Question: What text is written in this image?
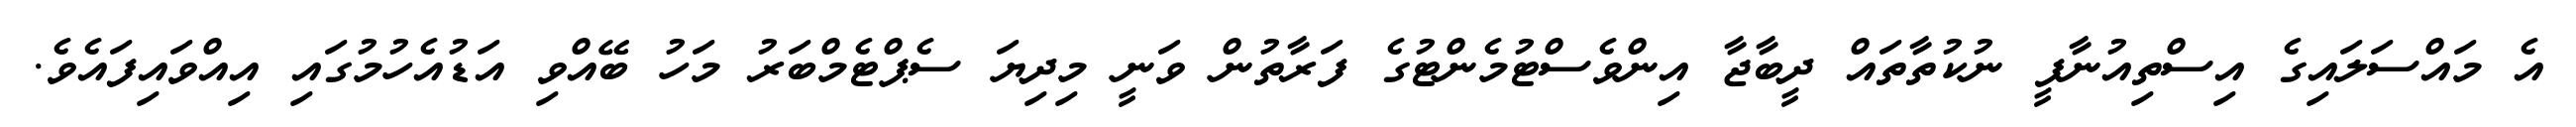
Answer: އެ މައްސަލައިގެ އިސްތިއުނާފީ ނުކުތާތައް ދީބާޖާ އިންވެސްޓުމެންޓުގެ ފަރާތުން ވަނީ މިދިޔަ ސެޕްޓެމްބަރު މަހު ބޭއްވި އަޑުއެހުމުގައި އިއްވައިފައެވެ.